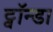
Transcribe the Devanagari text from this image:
ट्वॉन्डा